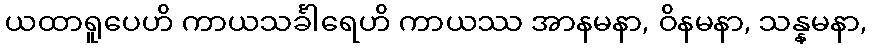
ယထာရူပေဟိ ကာယသင်္ခါရေဟိ ကာယဿ အာနမနာ, ဝိနမနာ, သန္နမနာ,